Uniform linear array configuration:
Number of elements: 48
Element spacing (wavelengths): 0.5
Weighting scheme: hann
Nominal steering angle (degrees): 0
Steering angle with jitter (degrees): -0.23
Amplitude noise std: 0.05
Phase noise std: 0.05

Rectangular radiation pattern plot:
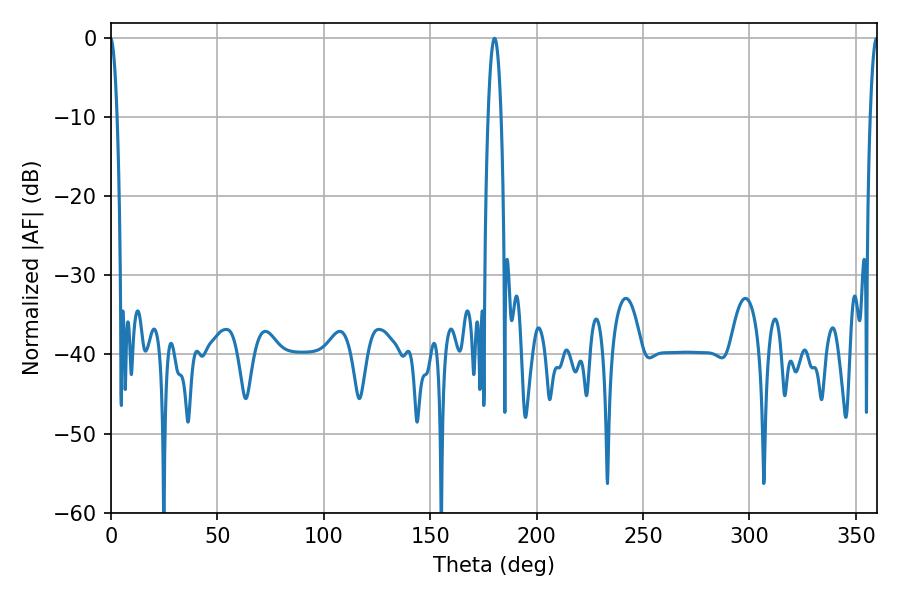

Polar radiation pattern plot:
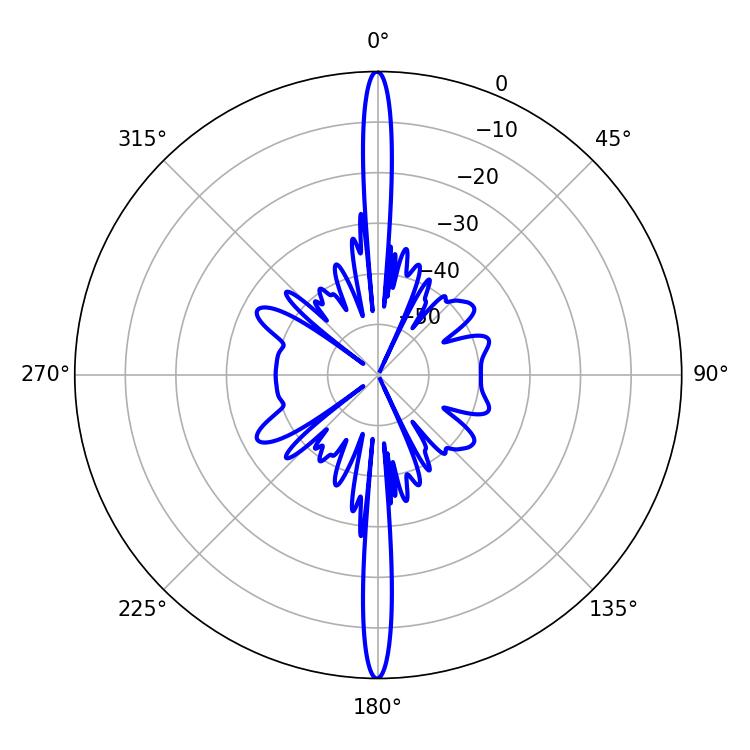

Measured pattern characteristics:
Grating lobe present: FALSE
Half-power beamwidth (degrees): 3.42
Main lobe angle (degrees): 180.18